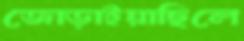
জোড়াইয়াছিলে